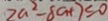
2 a ^ { 2 } - 8 c h 7 \leq 0